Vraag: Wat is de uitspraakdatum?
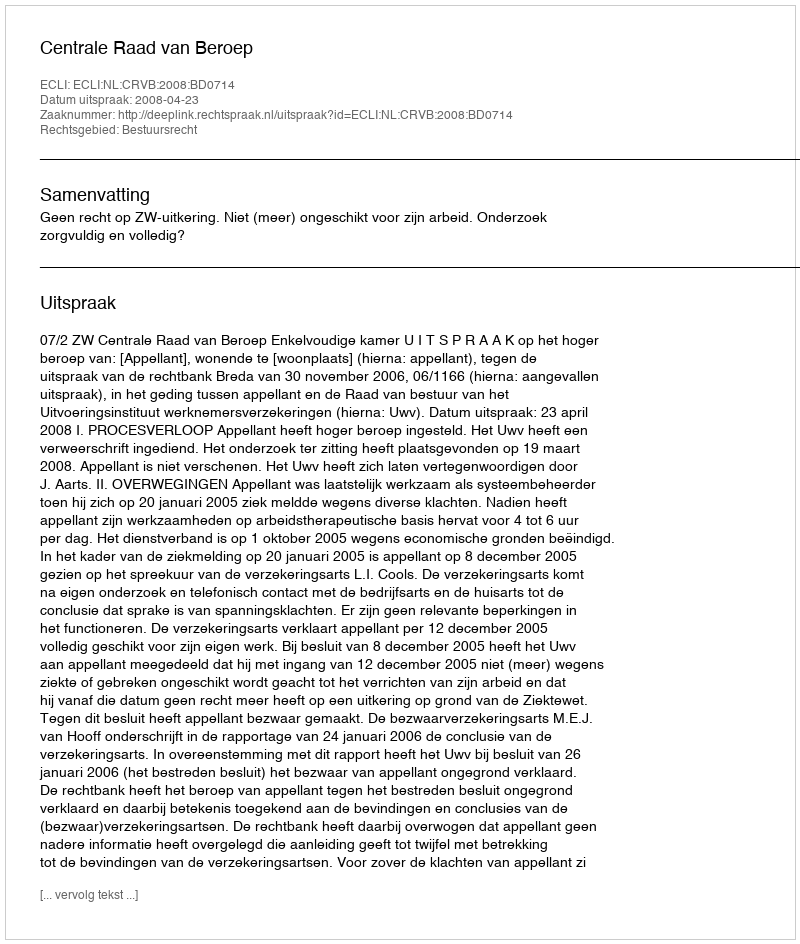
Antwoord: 2008-04-23